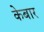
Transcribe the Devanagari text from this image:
केबार